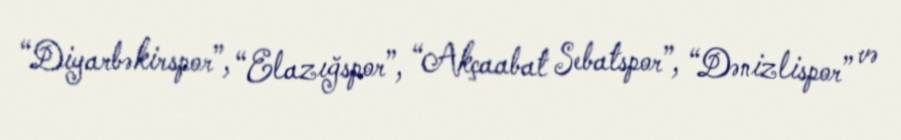
“Diyarbəkirspor”, “Elazığspor”, “Akçaabat Sebatspor”, “Dənizlispor” və